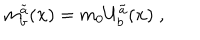
LaTeX: m _ { b } ^ { \tilde { a } } ( { \bf x } ) = m _ { 0 } U _ { b } ^ { \tilde { a } } ( { \bf x } ) \; ,